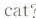
cat?